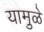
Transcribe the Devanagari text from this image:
यामु़ळे